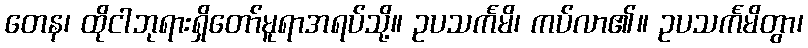
တေန၊ ထိုငါဘုရားရှိတော်မူရာအရပ်သို့။ ဥပသင်္ကမိ၊ ကပ်လာ၏။ ဥပသင်္ကမိတွာ၊